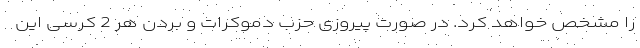
را مشخص خواهد کرد. در صورت پیروزی حزب دموکرات و بردن هر 2 کرسی این